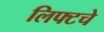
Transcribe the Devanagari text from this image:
लिफ्टचे